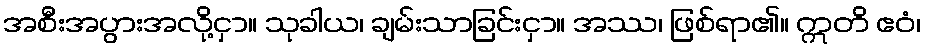
အစီးအပွားအလို့ငှာ။ သုခါယ၊ ချမ်းသာခြင်းငှာ။ အဿ၊ ဖြစ်ရာ၏။ ဣတိ ဧဝံ၊